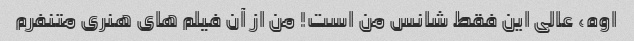
اوه، عالی این فقط شانس من است! من از آن فیلم های هنری متنفرم